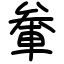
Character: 軬